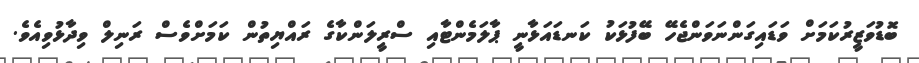
ބޮޑުވަޒީރުކަމަށް ވަޑައިގަންނަވަންޖެހޭ ބޭފުޅަކު ކަނޑައަޅާނީ ޕާލަމެންޓާއި ސްރީލަންކާގެ ރައްޔިތުން ކަމަށްވެސް ރަނިލް ވިދާޅުވިއެވެ.